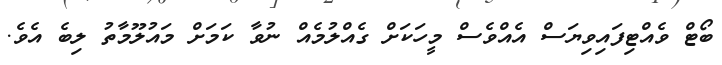
ބޯޓް ވެއްޓިފައިވިޔަސް އެއްވެސް މީހަކަށް ގެއްލުމެއް ނުވާ ކަމަށް މައުލޫމާތު ލިބެ އެވެ.